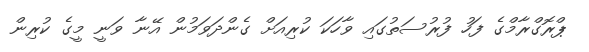
ޕްރޮގްރާމްގެ ފަހު ފުރުސަތުގައި ވާހަކަ ކުރިއަށް ގެންދަވަމުން އޭނާ ވަނީ މީގެ ކުރިން